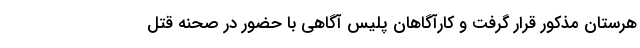
هرستان مذکور قرار گرفت و کارآگاهان پلیس آگاهی با حضور در صحنه قتل